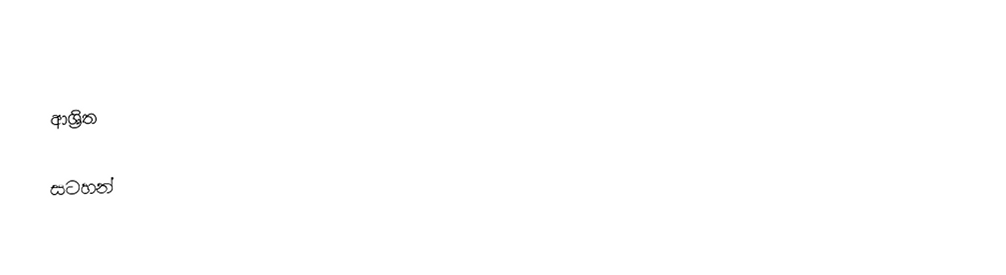

ආශ්‍රිත

සටහන්